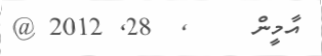
އާމީން